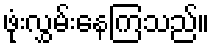
ဖုံးလွှမ်းနေကြသည်။